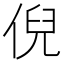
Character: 倪